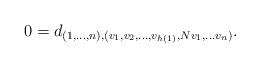
LaTeX: \begin{align*}\begin{aligned}0&=d_{(1,\ldots, n),(v_1, v_2,\ldots,v_{h(1)},Nv_1 , \ldots v_n)}.\end{aligned}\end{align*}